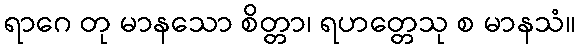
ရာဂေ တု မာနသော စိတ္တာ၊ ရဟတ္တေသု စ မာနသံ။